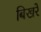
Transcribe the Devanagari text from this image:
बिखरें